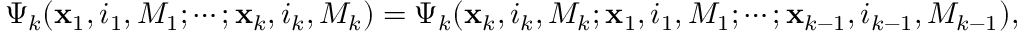
\Psi _ { k } ( { \bf x } _ { 1 } , i _ { 1 } , M _ { 1 } ; \cdots ; { \bf x } _ { k } , i _ { k } , M _ { k } ) = \Psi _ { k } ( { \bf x } _ { k } , i _ { k } , M _ { k } ; { \bf x } _ { 1 } , i _ { 1 } , M _ { 1 } ; \cdots ; { \bf x } _ { k - 1 } , i _ { k - 1 } , M _ { k - 1 } ) ,